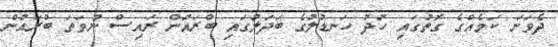
ދެވަނަ ކަމެއްގެ ގޮތުގައި ހުދު ހަނޑުލުގެ ބަދަލުގައި ބްރައުން ރައިސް ނުވަތަ ބްރައުން